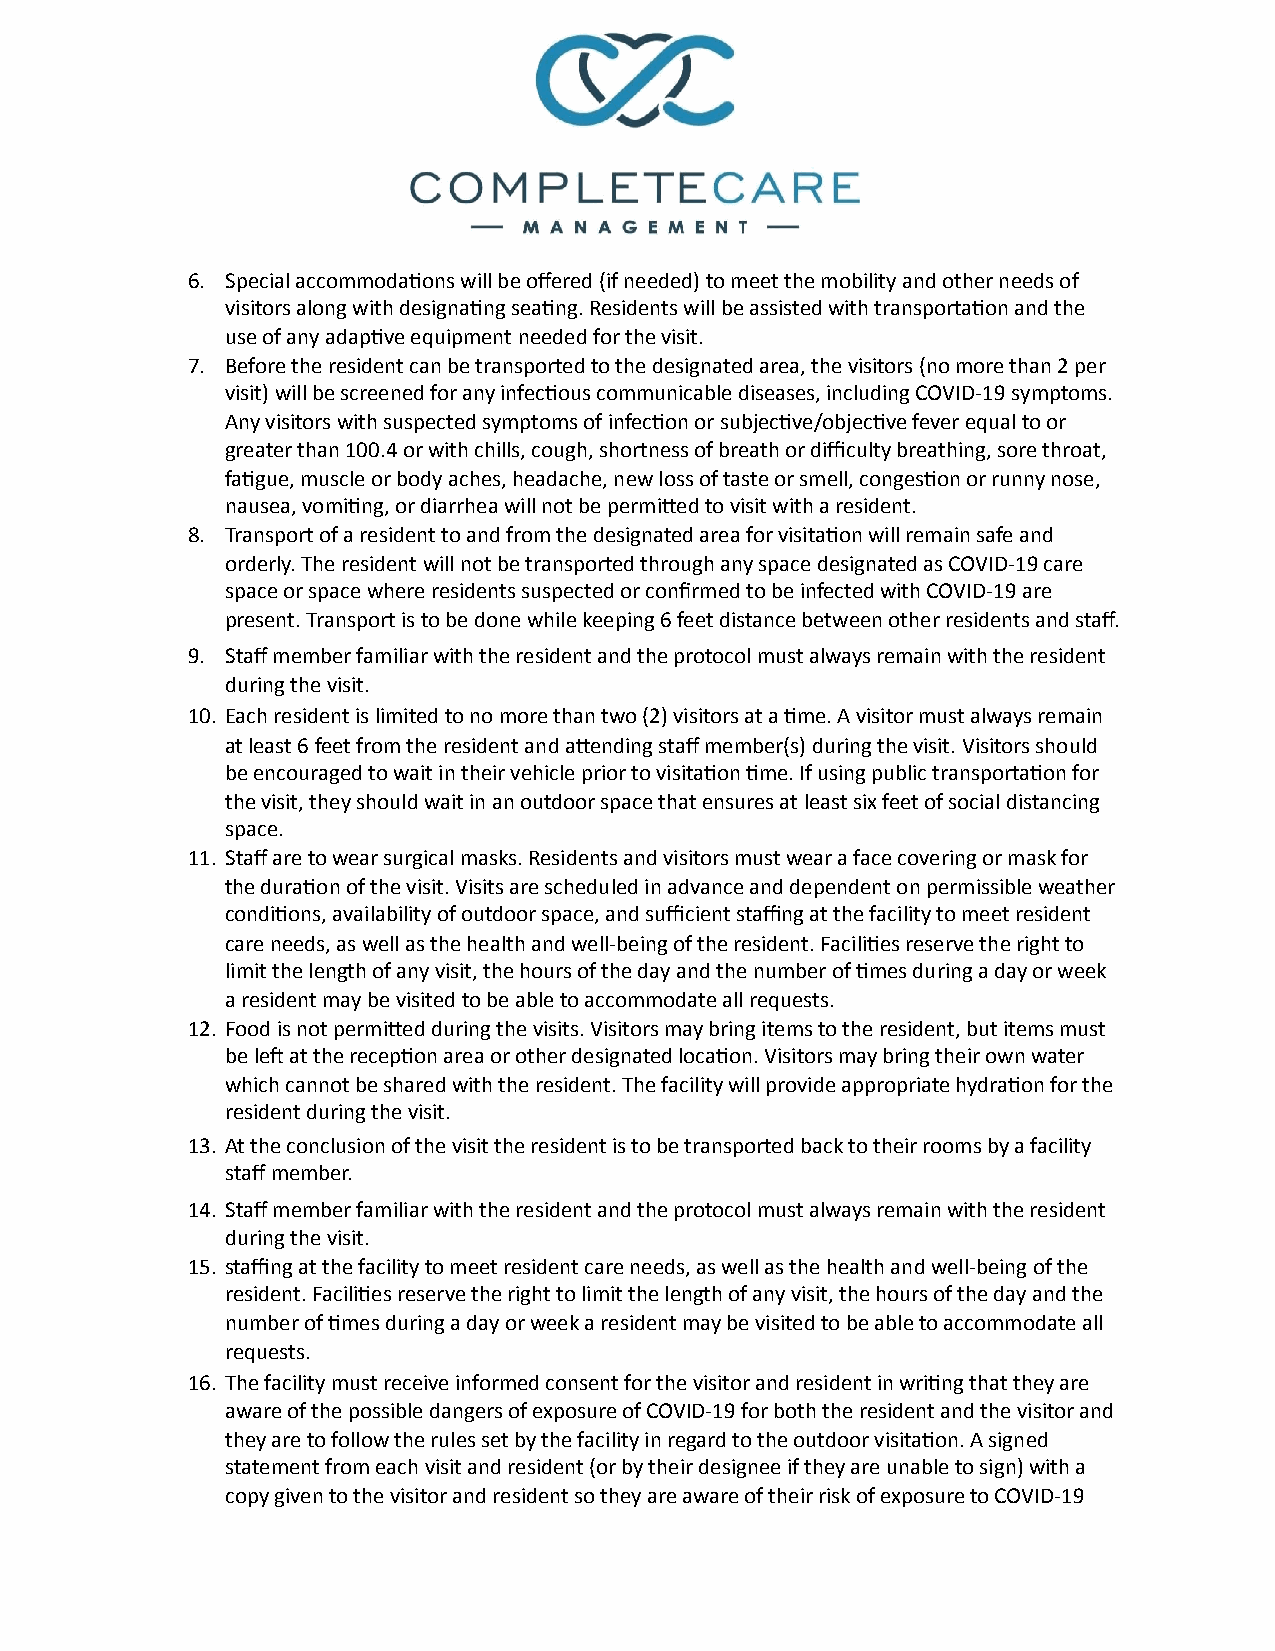
6. Special accommoda1ons will be offered (if needed) to meet the mobility and other needs of
 visitors along with designa1ng sea1ng. Residents will be assisted with transporta1on and the
 use of any adap1ve equipment needed for the visit.
 7. Before the resident can be transported to the designated area, the visitors (no more than 2 per
 visit) will be screened for any infec1ous communicable diseases, including COVID-19 symptoms.
 Any visitors with suspected symptoms of infec1on or subjec1ve/objec1ve fever equal to or
 greater than 100.4 or with chills, cough, shortness of breath or difficulty breathing, sore throat,
 fa1gue, muscle or body aches, headache, new loss of taste or smell, conges1on or runny nose,
 nausea, vomi1ng, or diarrhea will not be permibed to visit with a resident.
 8. Transport of a resident to and from the designated area for visita1on will remain safe and
 orderly. The resident will not be transported through any space designated as COVID-19 care
 space or space where residents suspected or confirmed to be infected with COVID-19 are
 present. Transport is to be done while keeping 6 feet distance between other residents and staff.
 9. Staff member familiar with the resident and the protocol must always remain with the resident
 during the visit.
 10. Each resident is limited to no more than two (2) visitors at a 1me. A visitor must always remain
 at least 6 feet from the resident and abending staff member(s) during the visit. Visitors should
 be encouraged to wait in their vehicle prior to visita1on 1me. If using public transporta1on for
 the visit, they should wait in an outdoor space that ensures at least six feet of social distancing
 space.
 11. Staff are to wear surgical masks. Residents and visitors must wear a face covering or mask for
 the dura1on of the visit. Visits are scheduled in advance and dependent on permissible weather
 condi1ons, availability of outdoor space, and sufficient staffing at the facility to meet resident
 care needs, as well as the health and well-being of the resident. Facili1es reserve the right to
 limit the length of any visit, the hours of the day and the number of 1mes during a day or week
 a resident may be visited to be able to accommodate all requests.
 12. Food is not permibed during the visits. Visitors may bring items to the resident, but items must
 be len at the recep1on area or other designated loca1on. Visitors may bring their own water
 which cannot be shared with the resident. The facility will provide appropriate hydra1on for the
 resident during the visit.
 13. At the conclusion of the visit the resident is to be transported back to their rooms by a facility
 staff member.
 14. Staff member familiar with the resident and the protocol must always remain with the resident
 during the visit.
 15. staffing at the facility to meet resident care needs, as well as the health and well-being of the
 resident. Facili1es reserve the right to limit the length of any visit, the hours of the day and the
 number of 1mes during a day or week a resident may be visited to be able to accommodate all
 requests.
 16. The facility must receive informed consent for the visitor and resident in wri1ng that they are
 aware of the possible dangers of exposure of COVID-19 for both the resident and the visitor and
 they are to follow the rules set by the facility in regard to the outdoor visita1on. A signed
 statement from each visit and resident (or by their designee if they are unable to sign) with a
 copy given to the visitor and resident so they are aware of their risk of exposure to COVID-19